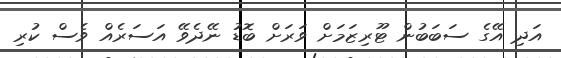
އަދި އޭގެ ސަބަބުން ޓޫރިޒަމަށް ވަރަށް ބޮޑު ނޭދެވޭ އަސަރެއް ވެސް ކުރި